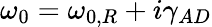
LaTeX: \omega_{0}=\omega_{0,R}+i\gamma_{AD}